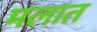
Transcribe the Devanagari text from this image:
मलात